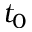
t _ { 0 }